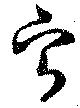
寧